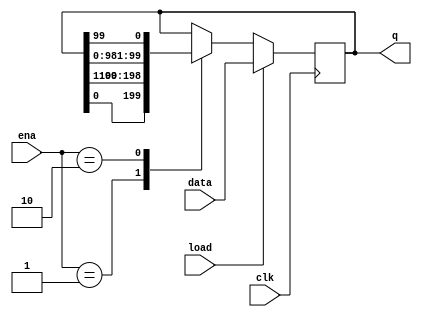
//2022_11_2 kerong
//Left/right rotator
module top_module(
    input clk,
    input load,
    input [1:0] ena,
    input [99:0] data,
    output reg [99:0] q); 

always @(posedge clk) begin
    if(load)begin
        q <= data;
    end
    else begin 
        case(ena)
            2'b01 : q <= {q[0],q[99:1]};
            2'b10 : q <= {q[98:0],q[99]};
            default: q <= q;
        endcase
    end
end

endmodule